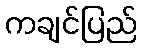
ကချင်ပြည်